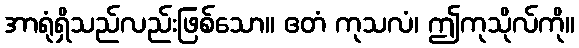
အာရုံရှိသည်လည်းဖြစ်သော။ ဧတံ ကုသလံ၊ ဤကုသိုလ်ကို။